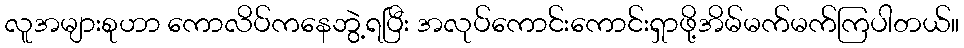
လူအများစုဟာ ကောလိပ်ကနေဘွဲ့ရပြီး အလုပ်ကောင်းကောင်းရှာဖို့အိမ်မက်မက်ကြပါတယ်။